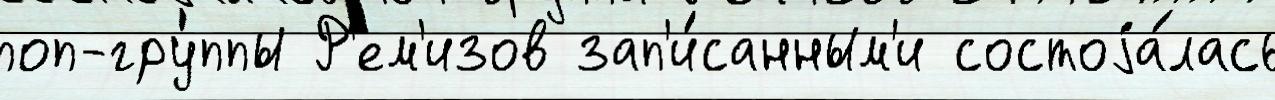
поп-гру́ппы Р'ем'изов зап'и́санным'и состоjа́лась